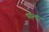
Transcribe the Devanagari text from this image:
पान्डु